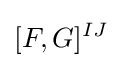
[F,G]^{IJ}